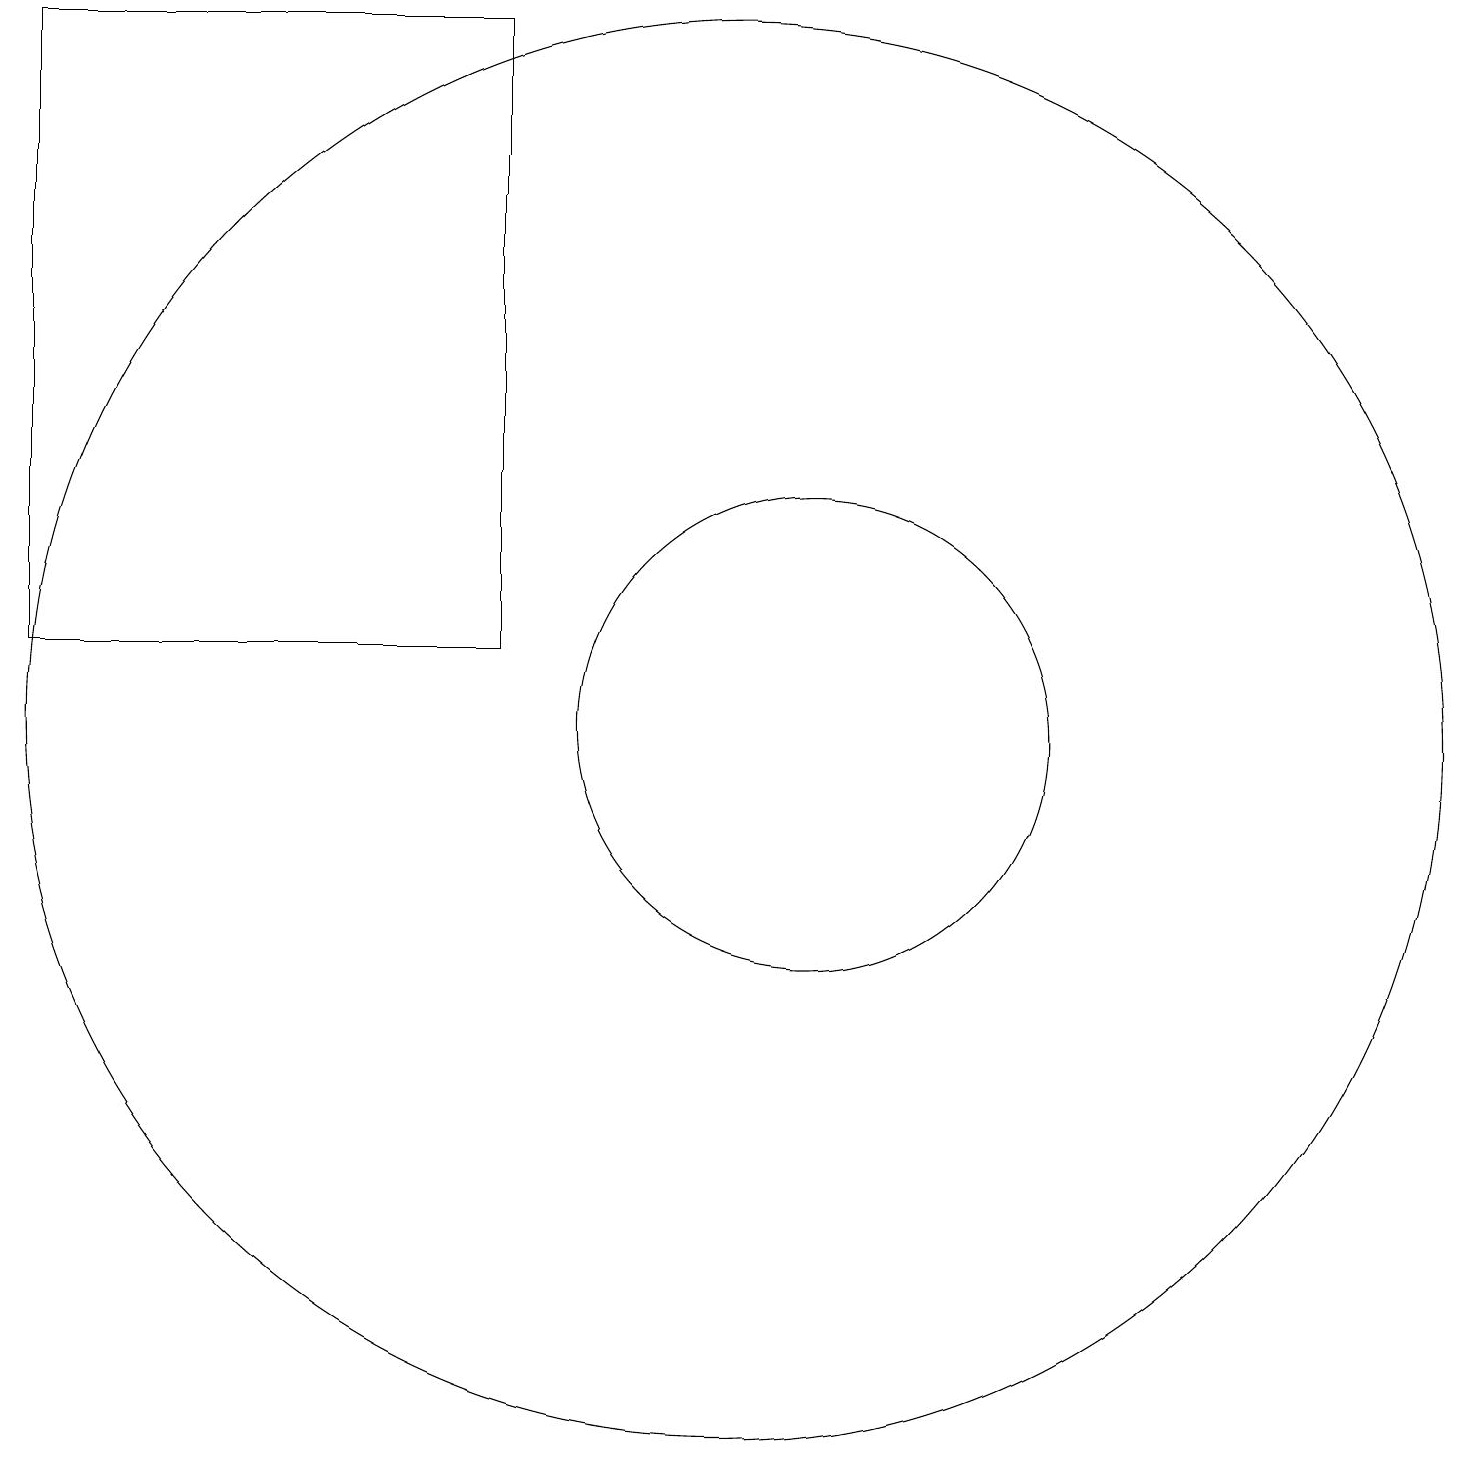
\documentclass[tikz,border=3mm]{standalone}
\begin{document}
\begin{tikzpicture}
\draw (12,10) circle (3);
\draw (11,10) circle (9);
\draw (2,11) rectangle (8,19);
\draw (11,10) circle (0);
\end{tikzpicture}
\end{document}